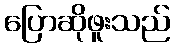
ပြောဆိုဖူးသည်